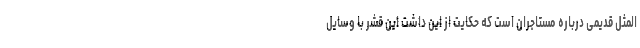
المثل قدیمی درباره مستاجران است که حکایت از این داشت این قشر با وسایل